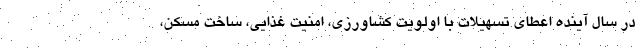
در سال آینده اعطای تسهیلات با اولویت کشاورزی، امنیت غذایی، ساخت مسکن،